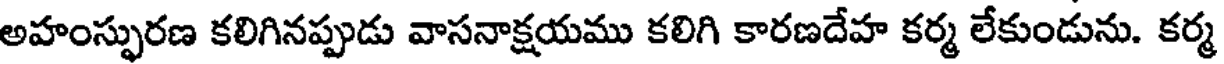
అహంస్ఫురణ కలిగినప్పుడు వాసనాక్షయము కలిగి కారణదేహ కర్మ లేకుండును. కర్మ